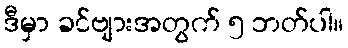
ဒီမှာ ခင်ဗျားအတွက် ၅ ဘတ်ပါ။